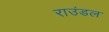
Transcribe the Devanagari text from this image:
राउंडल